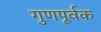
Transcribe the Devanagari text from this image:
गुणपूर्वक